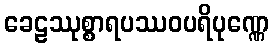
ခေဠဿုစ္စာရပဿဝပရိပုဏ္ဏေ